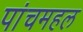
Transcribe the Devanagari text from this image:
पांचमहल